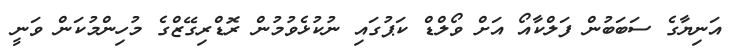
އަނިޔާގެ ސަބަބުން ފަލްކާއޯ އަށް ވޯލްޑް ކަޕުގައި ނުކުޅެވުމުން ރޮޑްރިގޭޒްގެ މުހިންމުކަން ވަނީ